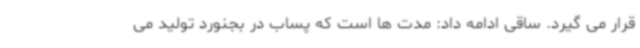
قرار می گیرد. ساقی ادامه داد: مدت ها است که پساب در بجنورد تولید می